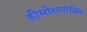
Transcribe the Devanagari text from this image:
हीमोसयानिन